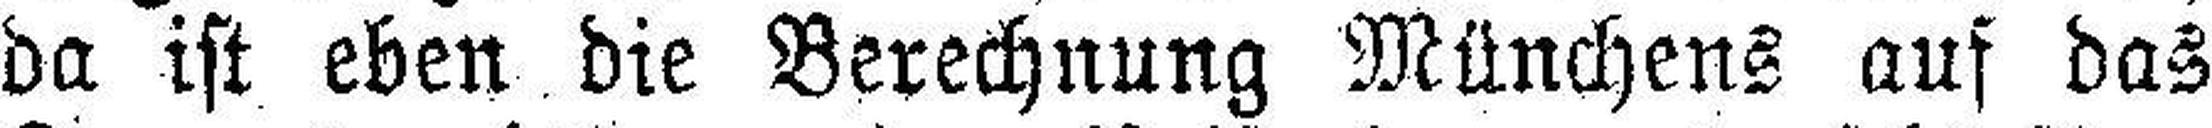
da ist eben die Berechnung Münchens auf das